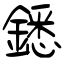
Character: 鏭